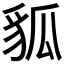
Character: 𧲲